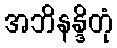
အဘိနန္ဒိတုံ